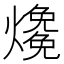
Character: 𤑑